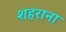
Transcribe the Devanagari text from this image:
शहराना